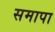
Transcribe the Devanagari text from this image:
समापा